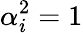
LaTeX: \alpha_{i}^{2}=1